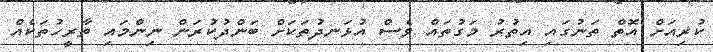
ކުރިއަށް އޮތް ތަނުގައި އިތުރު މަގުތައް ވެސް އުޅަނދުތަކަށް ބަންދުކުރަން ނިންމައި ތާރީހުތަކެއް